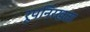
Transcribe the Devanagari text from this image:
रूपनिरखता